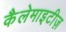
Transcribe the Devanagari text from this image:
कैलेमाइटीज़